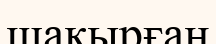
шақырған